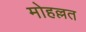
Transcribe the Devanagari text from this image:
मोहल्लत